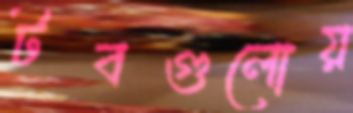
টবগুলোয়